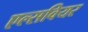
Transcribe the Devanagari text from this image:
एल्सवियर